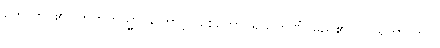
ဟောတိ၊ ၏။ ဣတိတသ္မာ၊ ကြောင့်။ စေတောပရိယဉာဏံ၊ မည်၏။ ဝိပ္ပါရတာ တိပိ၊